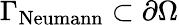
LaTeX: \Gamma_{\mathrm{Neumann}}\subset\partial\Omega